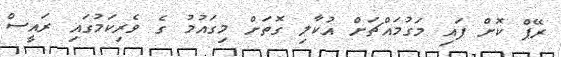
ރޭޕް ކޮށް ފައި މަގުމައްޗަށް އުކާލި ގޮތަށް މިގައުމު ގެ ވެރިކަމުގައި ރައީސް